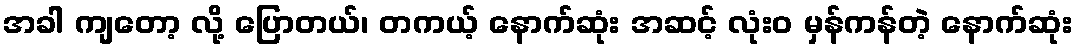
အခါ ကျတော့ လို့ ပြောတယ်၊ တကယ့် နောက်ဆုံး အဆင့် လုံးဝ မှန်ကန်တဲ့ နောက်ဆုံး